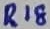
Text: R18